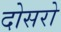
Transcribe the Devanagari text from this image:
दोसरो